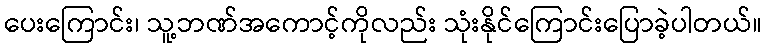
ပေးကြောင်း၊ သူ့ဘဏ်အကောင့်ကိုလည်း သုံးနိုင်ကြောင်းပြောခဲ့ပါတယ်။